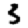
Digit: 3